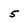
Character: 5